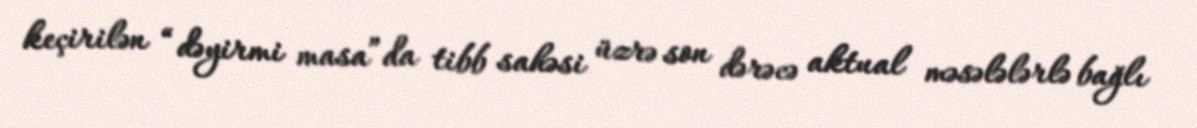
keçirilən “dəyirmi masa”da tibb sahəsi üzrə son dərəcə aktual məsələlərlə bağlı